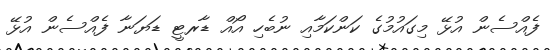
ފެއްސެން އުޅޭ މިގައުމުގެ ކަންކަމާއި ނުބެހި އޯއް ޑާރޓީ ޑަޔަނާ ފެއްސެން އުޅޭ